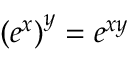
\left( e ^ { x } \right) ^ { y } = e ^ { x y }